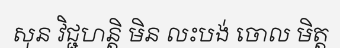
សុន វិជ្ជហន្តិ មិន លះបង់ ចោល មិត្ត